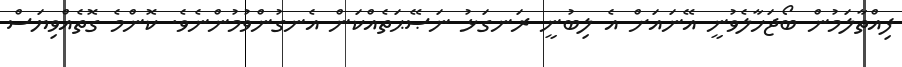
ފިއްތާލަމުން ބޯޖަހާލެވުނީ އޭނައަށް އެ ލިބުނީ ރަނގަޅު ނަޞޭޙަތެއްކަން އެނގުންވުމުންނެވެ. ކޮންމެ ގޮތެއްވިޔަސް